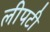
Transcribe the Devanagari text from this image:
लीपटी